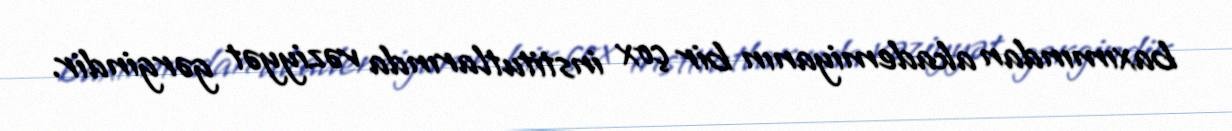
baxımından akademiyanın bir çox institutlarında vəziyyət gərgindir.